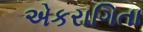
એકરાગિતા